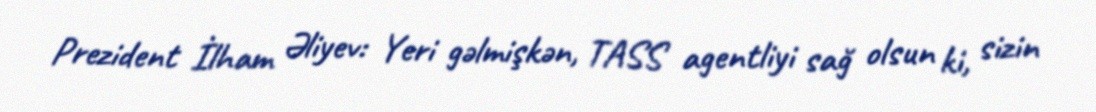
Prezident İlham Əliyev: Yeri gəlmişkən, TASS agentliyi sağ olsun ki, sizin